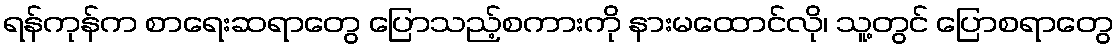
ရန်ကုန်က စာရေးဆရာတွေ ပြောသည့်စကားကို နားမထောင်လို၊ သူ့တွင် ပြောစရာတွေ